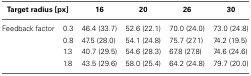
| <COLSPAN=2> Target radius [px] | 16 | 20 | 26 | 30 |
 | --- | --- | --- | --- | --- | --- |
 | Feedback factor | 0.3 | 46.4 (33.7) | 52.6 (22.1) | 70.0 (24.0) | 73.0 (24.8) |
 |  | 0.8 | 47.5 (28.0) | 54.1 (24.8) | 75.7 (27.1) | 74.2 (19.5) |
 |  | 1.3 | 40.7 (29.5) | 54.6 (28.3) | 67.8 (27.8) | 74.6 (24.6) |
 |  | 1.8 | 43.5 (29.6) | 58.0 (25.4) | 64.2 (24.8) | 79.7 (20.0) |